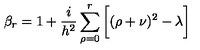
{ \beta } _ { r } = 1 + \frac { i } { h ^ { 2 } } \sum _ { \rho = 0 } ^ { r } \bigg [ ( \rho + \nu ) ^ { 2 } - \lambda \bigg ]